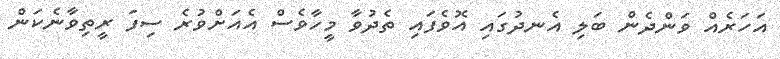
އަހަރެއް ވަންދެން ބަލި އެނދުގައި އޮވެފައި ތެދުވާ މީހާވެސް އެއަށްވުރެ ސިފަ ރީތިވާނެކަން